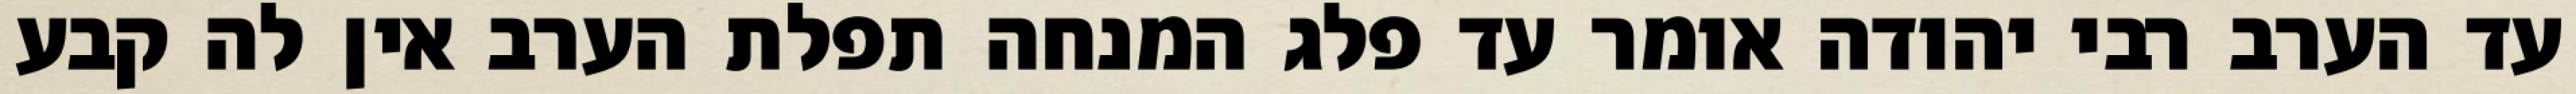
עד הערב רבי יהודה אומר עד פלג המנחה תפלת הערב אין לה קבע